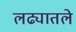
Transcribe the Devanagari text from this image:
लढ्यातले